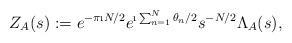
LaTeX: \begin{align*}Z_{A}(s) := e^{-\pi \i N/2}e^{\i \sum_{n=1}^{N}\theta_{n}/2}s^{- N/2}\Lambda_{A}(s),\end{align*}